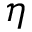
\eta